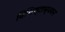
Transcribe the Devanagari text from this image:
विशिष्टाध्ययन